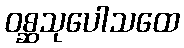
ဝစ္ဆသုပေါသထေ